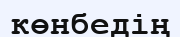
көнбедің